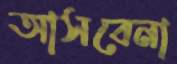
আসবেনা